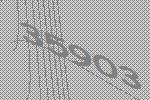
35903